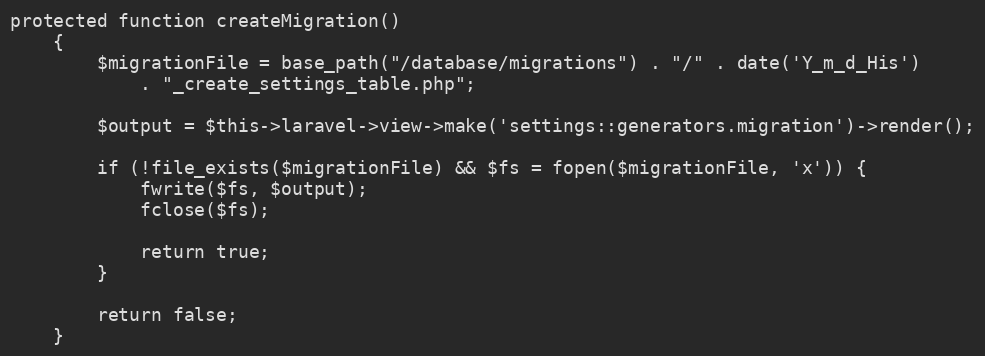
Language: PHP
protected function createMigration()
    {
        $migrationFile = base_path("/database/migrations") . "/" . date('Y_m_d_His')
            . "_create_settings_table.php";

        $output = $this->laravel->view->make('settings::generators.migration')->render();

        if (!file_exists($migrationFile) && $fs = fopen($migrationFile, 'x')) {
            fwrite($fs, $output);
            fclose($fs);

            return true;
        }

        return false;
    }